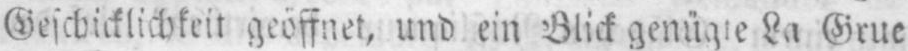
La Grue